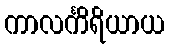
ကာလင်္ကိရိယာယ